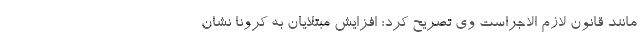
مانند قانون لازم الاجراست وی تصریح کرد: افزایش مبتلایان به کرونا نشان